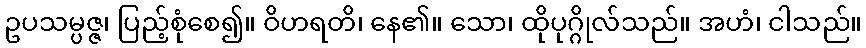
ဥပသမ္ပဇ္ဇ၊ ပြည့်စုံစေ၍။ ဝိဟရတိ၊ နေ၏။ သော၊ ထိုပုဂ္ဂိုလ်သည်။ အဟံ၊ ငါသည်။